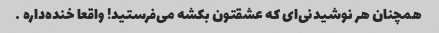
همچنان هر نوشیدنی‌ای که عشقتون بکشه می‌فرستید! واقعا خنده‌داره …